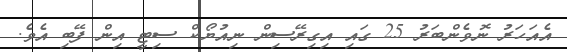
އެއަހަރު ނޮވެންބަރު 25 ގައި އިގިރޭސިން ނިއުޔޯކް ސިޓީ އިން ފޭބި އެވެ.